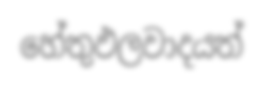
හේතුඵලවාදයත්